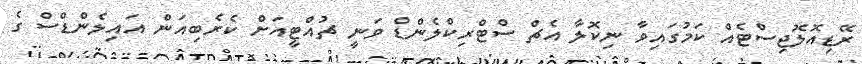
ރޭޑިއޮލޮޖިސްޓެއް ކަމުގައިވާ ނިކޮލާ އެޗް ސްޓްރިކްލެންޑް ވަނީ ޗުއްޓީއަށް ކެރެބިއަން އައިލެންޑްސް ގެ